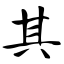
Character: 其